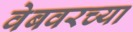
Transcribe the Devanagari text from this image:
वेबवरच्या